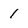
Character: 1